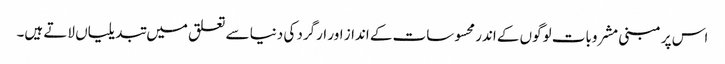
اس پر مبنی مشروبات لوگوں کے اندر محسوسات کے انداز اور ارگرد کی دنیا سے تعلق میں تبدیلیاں لاتے ہیں۔